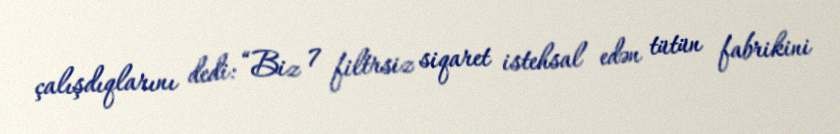
çalışdıqlarını dedi: “Biz 7 filtrsiz siqaret istehsal edən tütün fabrikini